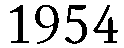
1954